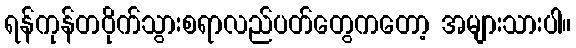
ရန်ကုန်တဝိုက်သွားစရာလည်ပတ်တွေကတော့ အများသားပါ။